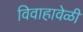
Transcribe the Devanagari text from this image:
विवाहावेळी